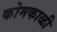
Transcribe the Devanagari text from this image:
कोमकाळी